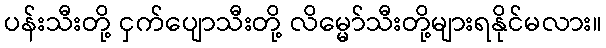
ပန်းသီးတို့ ငှက်ပျောသီးတို့ လိမ္မော်သီးတို့များရနိုင်မလား။